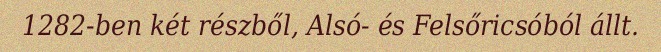
1282-ben két részből, Alsó- és Felsőricsóból állt.